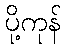
ပို့ကုန်